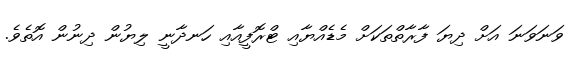
ވަނަވަނަ އަށް ދިޔަ ފާރާތްތަކަށް މެޑެއްޔާއި ޓްރޮފީއާއި ހަނދާނީ ލިޔުން ދިނުން އޮތެވެ.